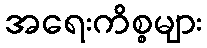
အရေးကိစ္စများ